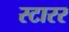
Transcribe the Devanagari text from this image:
स्टारर